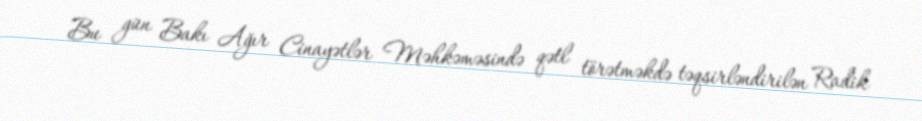
Bu gün Bakı Ağır Cinayətlər Məhkəməsində qətl törətməkdə təqsirləndirilən Radik